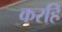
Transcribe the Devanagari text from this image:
करहिं